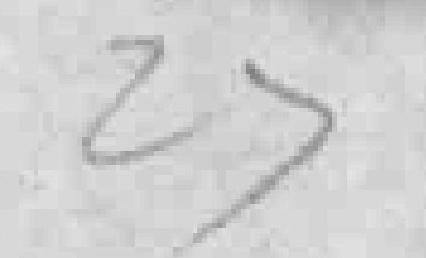
27